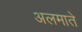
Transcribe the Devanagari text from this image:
अलमाते